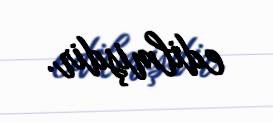
edilmişdir.